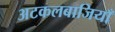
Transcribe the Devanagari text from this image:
अटकलबाजियाँ